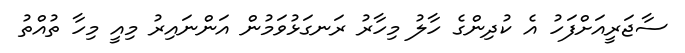
ސާޖަރީއަށްފަހު އެ ކުދިންގެ ހާލު މިހާރު ރަނގަޅުވަމުން އަންނައިރު މިއީ މިހާ ތުއްތު